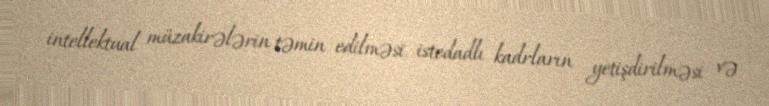
intellektual müzakirələrin təmin edilməsi, istedadlı kadrların yetişdirilməsi və